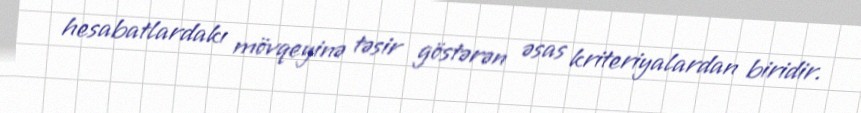
hesabatlardakı mövqeyinə təsir göstərən əsas kriteriyalardan biridir.